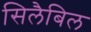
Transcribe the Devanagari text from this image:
सिलैबिल